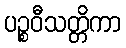
ပဉ္စဝီသတ္တိကာ